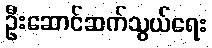
ဦးဆောင်ဆက်သွယ်ရေး